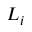
L _ { i }